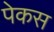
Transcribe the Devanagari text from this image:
पेकस